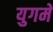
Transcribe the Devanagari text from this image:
युगमे